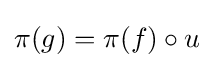
\pi (g)=\pi (f)\circ u